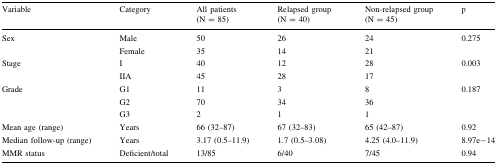
<table><thead><tr><td><b>Variable</b></td><td><b>Category</b></td><td><b>All patients (N = 85)</b></td><td><b>Relapsed group (N = 40)</b></td><td><b>Non-relapsed group (N = 45)</b></td><td><b>p</b></td></tr></thead><tbody><tr><td rowspan="2">Sex</td><td>Male</td><td>50</td><td>26</td><td>24</td><td>0.275</td></tr><tr><td>Female</td><td>35</td><td>14</td><td>21</td><td></td></tr><tr><td rowspan="2">Stage</td><td>I</td><td>40</td><td>12</td><td>28</td><td>0.003</td></tr><tr><td>IIA</td><td>45</td><td>28</td><td>17</td><td></td></tr><tr><td rowspan="3">Grade</td><td>G1</td><td>11</td><td>3</td><td>8</td><td>0.187</td></tr><tr><td>G2</td><td>70</td><td>34</td><td>36</td><td></td></tr><tr><td>G3</td><td>2</td><td>1</td><td>1</td><td></td></tr><tr><td>Mean age (range)</td><td>Years</td><td>66 (32–87)</td><td>67 (32–83)</td><td>65 (42–87)</td><td>0.92</td></tr><tr><td>Median follow-up (range)</td><td>Years</td><td>3.17 (0.5–11.9)</td><td>1.7 (0.5–3.08)</td><td>4.25 (4.0–11.9)</td><td>8.97e−14</td></tr><tr><td>MMR status</td><td>Deficient/total</td><td>13/85</td><td>6/40</td><td>7/45</td><td>0.94</td></tr></tbody></table>